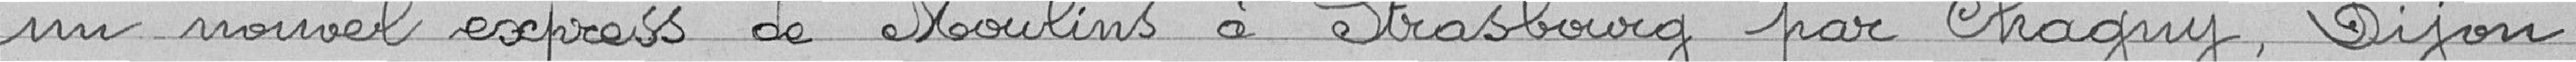
un nouvel expresse de Moulins à Strasbourg par Chagny, Dijon